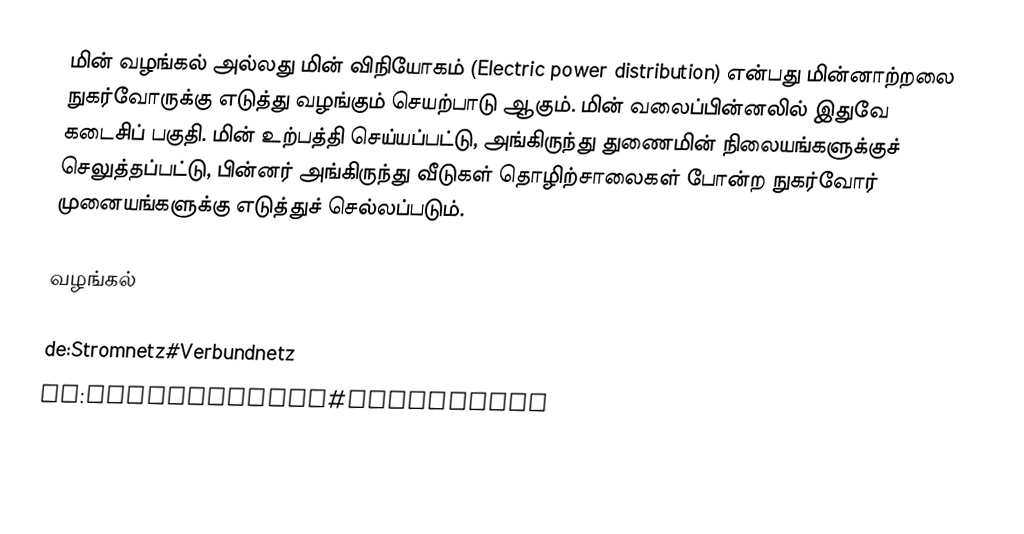
மின் வழங்கல் அல்லது மின் விநியோகம் (Electric power distribution) என்பது மின்னாற்றலை நுகர்வோருக்கு எடுத்து வழங்கும் செயற்பாடு ஆகும்.  மின் வலைப்பின்னலில் இதுவே கடைசிப் பகுதி.  மின் உற்பத்தி செய்யப்பட்டு, அங்கிருந்து துணைமின் நிலையங்களுக்குச் செலுத்தப்பட்டு, பின்னர் அங்கிருந்து வீடுகள் தொழிற்சாலைகள் போன்ற நுகர்வோர் முனையங்களுக்கு எடுத்துச் செல்லப்படும்.

வழங்கல்

de:Stromnetz#Verbundnetz
sv:Elektricitet#Överföring